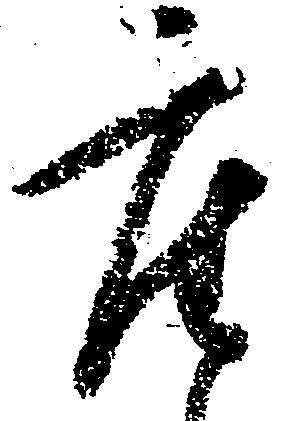
座